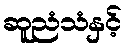
ဆူညံသံနှင့်